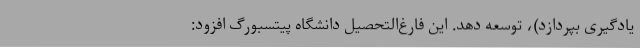
یادگیری بپردازد)، توسعه دهد. این فارغ‌التحصیل دانشگاه پیتسبورگ افزود: